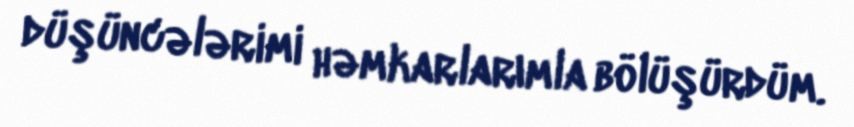
düşüncələrimi həmkarlarımla bölüşürdüm.